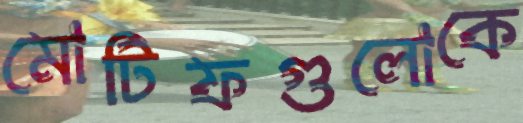
মোটিফগুলোকে